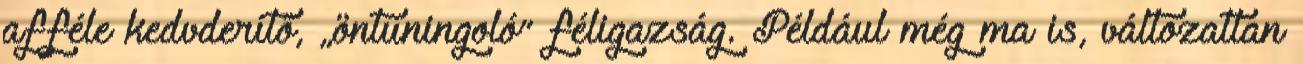
afféle kedvderítő, „öntuningoló” féligazság. Például még ma is, változatlan